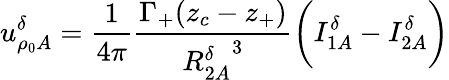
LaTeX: u_{\rho_{0}A}^{\delta}=\frac{1}{4\pi}\frac{\Gamma_{+}(z_{c}-z_{+})}{{R_{2A}^{\delta}}^{3}}\bigg(I_{1A}^{\delta}-I_{2A}^{\delta}\bigg)